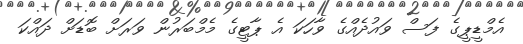
އެމްޑީޕީގެ ފަސް ވައުދެއްގެ ވާހަކަ އެ ޕާޓީގެ މެމްބަރުން ވަރަށް ބޮޑަށް ދައްކަ